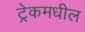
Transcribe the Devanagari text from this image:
ट्रेकमधील